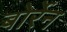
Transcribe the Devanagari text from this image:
बोर्रेन